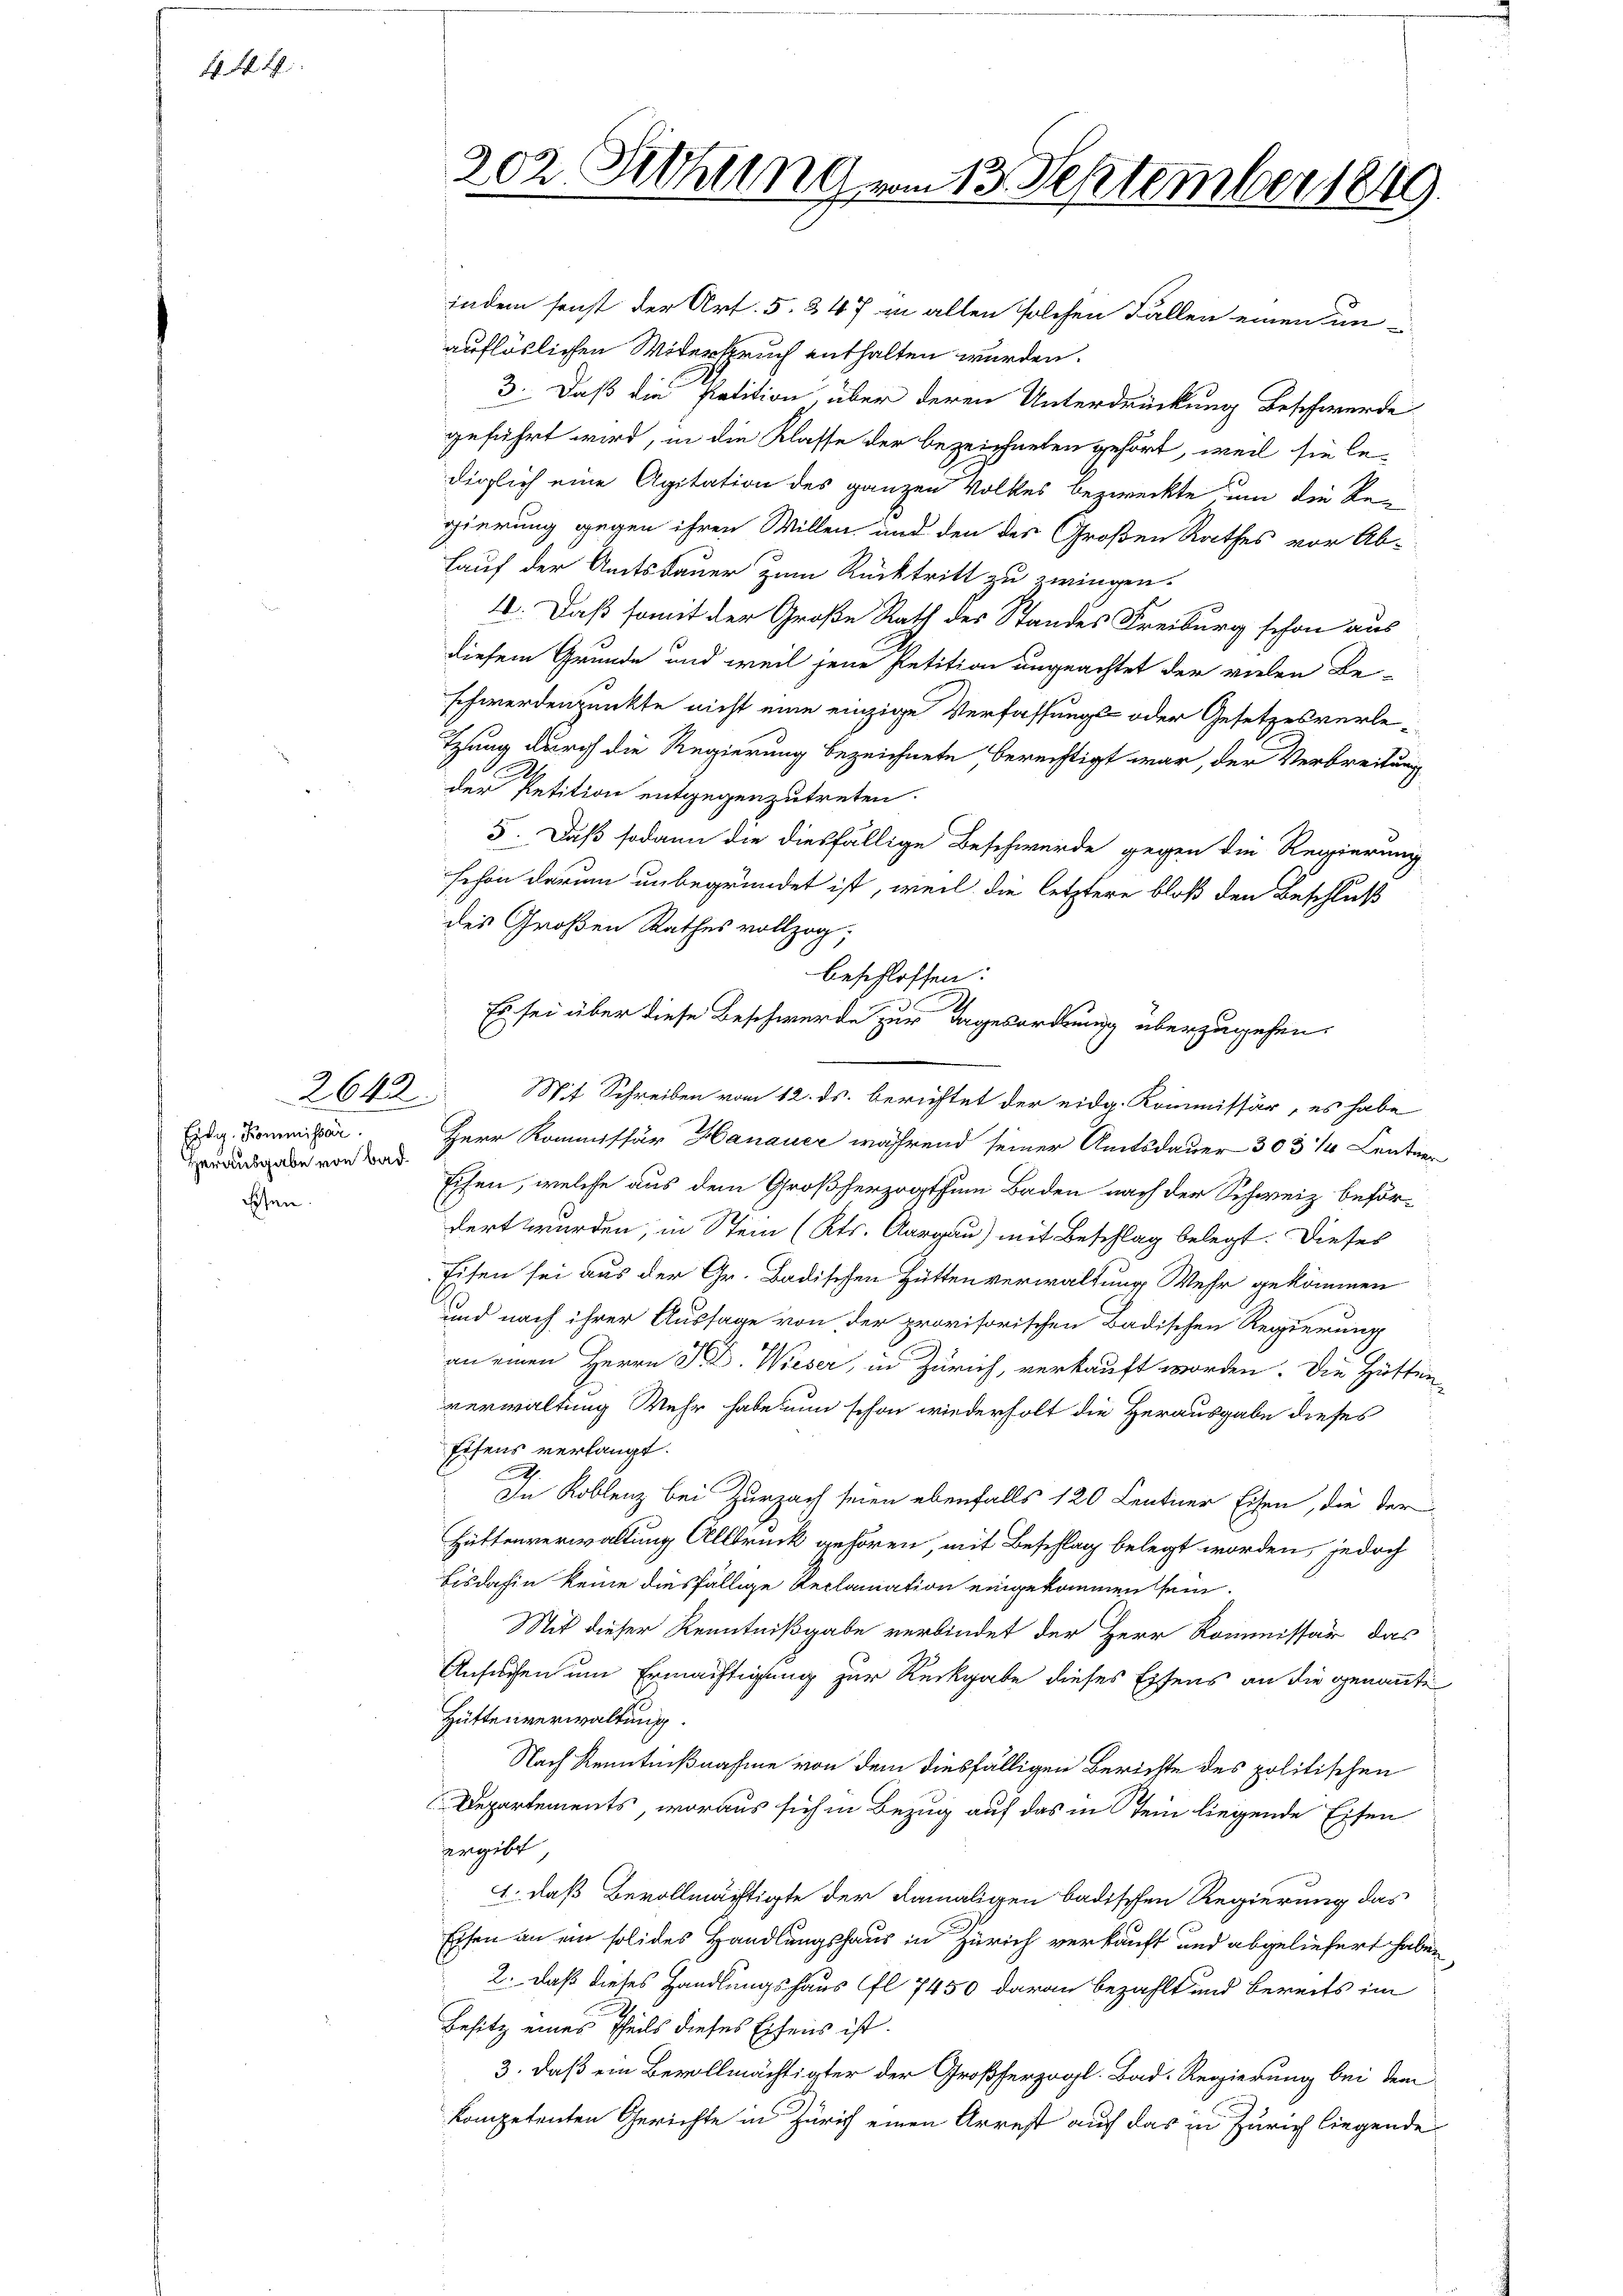
. M.

Eisen

2643

Eidg. Kommissar.
Herausgabe von Bad

202. Siehung vom 13. September 1849.

indem sonst der Art. 5. & 47 in allen solchen Fallen einen unauflöslichen Widerspruch enthalten wurden.
3. Daß die Petition über deren Unterdrückung Beschwerde
geführt wird, in die Klasse der bezeichneten gehört, weil sie le-
diglich eine Agitation des ganzen Volkes bezweckte um die Re-
gierung gegen ihren Willen und den des Großen Rathes vor Ab-
Lauf der Amtsdauer zum Rücktritt zu zwingen.
4. Daß somit der Große Rath des Standes Freiburg schon aus
diesem Grunde und weil jene Petition ungeachtet der vielen Be-
schwerdenpunkte nicht eine einzige Verfassungs- oder Gesetzesverletzung durch die Regierung bezeichnete berechtigt war, der Verbreitung
der Petition entgegenzutreten.
5. Daß sodann die diesfällige Beschwerde gegen die Regierung
schon darum unbegründet ist, weil die letztere bloß den Beschluß
des Großen Rathes vollzog;
beschlossen:
Es sei über diese Beschwerde zur Tagesordnung überzugehen.
Mit Schreiben vom 12. ds. berichtet der eidg. Kommissär, es habe
Herr Kommissär Hanauer während seiner Amtsdauer 303 1/4 Lentner
Eisen, welche aus dem Großherzogthum Baden nach der Schweiz befördert wurden, in Stein (Kts. Aargau) mit Beschlag belegt. Dieses
Eisen sei aus der Gr. Badischen Hütten verwaltung Wehr gekommen
und nach ihrer Aussage von der provisorischen Badischen Regierung
an einen Herrn M. D. Wieser, in Zürich, verkauft worden. Die Hätten
verwaltung Mehr habe nun schon wiederholt die Herausgabe dieses
Eisens verlangt.
A
In Koblenz bei Zurzach seien ebenfalls 120 Lentner Eisen, die der
Hüttenverwaltung Allbruck gehören, mit Beschlag belegt worden, jedoch
bisdahin keine diesfällige Reclamation eingekommen sein.
Mit dieser Kenntnißgabe verbindet der Herr Kommissär das
Ansuchen um Ermächtigung zur Rückgabe dieses Eisens an die genannte
Hüttenverwaltung.
Nach Kenntnißnahme von dem diesfälligen Berichte des politischen
Departements, woraus sich in Bezug auf das in Sein liegende Eisen
ergiebt
1. daß Bevollmächtigte der damaligen badischen Regierung das
Eisen an ein solides Handlungshaus in Zürich verkauft und abgeliefert haben
2. daß dieses Handlungshaus fl. 7450 daran bezahlt und bereits im
Besitz eines Theils dieses Eisens ist.
3. daß ein Bevollmächtigter der Großherzogl. Bad. Regierung bei dem
kompetenten Gerichte in Zürich einen Arrest auf das in Zürich liegende